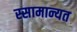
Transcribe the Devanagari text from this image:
स्सामान्यत